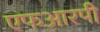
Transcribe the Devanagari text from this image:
एफआरपी